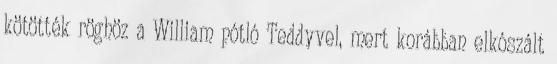
kötötték röghöz a William pótló Teddyvel, mert korábban elkószált